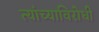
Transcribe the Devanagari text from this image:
त्यांच्याविरोधी